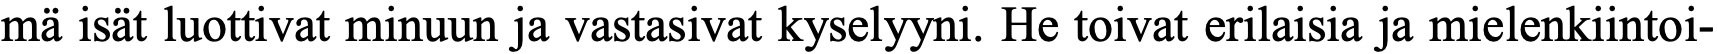
mä isät luottivat minuun ja vastasivat kyselyyni. He toivat erilaisia ja mielenkiintoi-